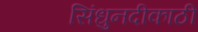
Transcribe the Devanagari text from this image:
सिंधुनदीकाठी